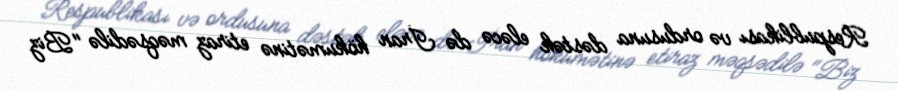
Respublikası və ordusuna dəstək eləcə də İran hökumətinə etiraz məqsədilə "Biz